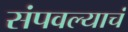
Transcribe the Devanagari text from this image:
संपवल्याचं